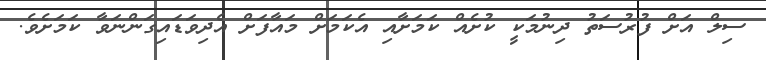
ސިލް އަށް ފުރުސަތު ދިނުމަކީ ކުށެއް ކަމަށާއި އެކަމަށް މައާފަށް އެދިވަޑައިގަންނަވާ ކަމަށެވެ.